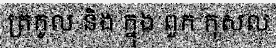
ត្រកូល និង ក្នុង ពួក កុសល